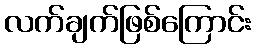
လက်ချက်ဖြစ်ကြောင်း